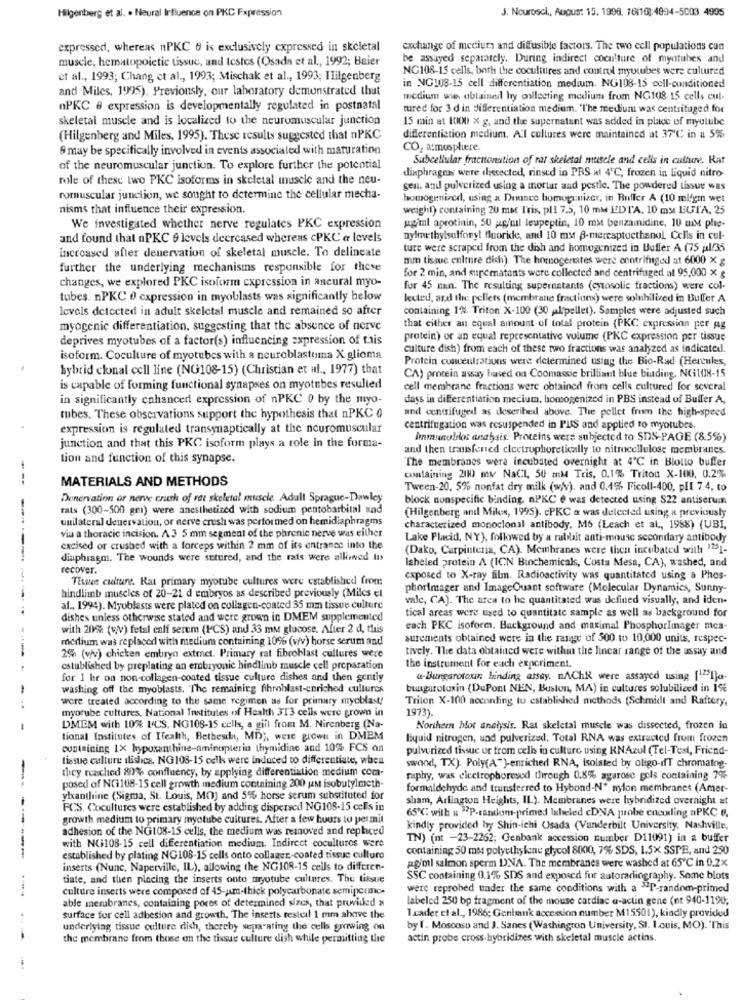
J. Neurosci ., Augus: 15. 1998, 16(10):4994-5003 4995
Hilgenberg et al. . Neural Influence on PKC Fxpression
expressed, whereas nPKC 6 is exclusively expressed in skeletal
exchange of medium and diffusible factors. The two cell populations can
muscle, hematopoietic tissue, and testes (Osada et al ., 1992; Baier
be assayed separately. During indirect coculture of mytubes and
NG108-15 cells, both the cocultures and control myutubes were cultured
et al ., 1993; Chang et al ., 1993; Mischak et al ., 1993; Hilsenberg
and Miles, 1995). Previously, our laboratory demonstrated that
in NG108-15 cell differentiation medium. NG108-15 cell-conditioned
medium was obtained hry collecting medium from NG108 15 cells cul-
nPKC & expression is developmentally regulated in postnatal
tured for 3 d in differentiation medium. "The medium was centrifuged for
skeletal muscle and is localized to the neuromuscular junction
15 min at 1000 x g, and the supernatant was added in place of myutube
(Hilgenberg and Miles, 1995). These results suggested that nPKC
differentiation medium. A'l cultures were maintained at 37'℃ in u 5%
9 may be specifically involved in events associated with maturation
CO2 atmosphere.
Subcellular fractionation of rat skeletal muscle and cells in culture. Rar
of the neuromuscular junction. To explore further the potential
diaphragmy were dissected, rinsed in PRS al 4℃, frozen in liquid nitro-
nile of these two PKC isoforms in skeletal muscle and the neu-
gen, and pulverized using a mortar and pestle. The powdered tissue was
romuscular junction, we sought to determine the cellular mecha-
homogenized, using a Duance bomoganizer, in Buffer A (10 mlfgm wet
nisms that influence their expression.
weight) containing 20 mm Tris, pl1 7.5, 10 mm EDTA. 10 my BUTA, 25
We investigated whether nerve regulates PKC expression
ugiml aprotinin, 50 ,4g/ml leupeptin, 10 mM benzamidine, JU EM ple-
and found that aPKC 9 levels decreased whereas cPKC a levels
nylmethylsulfonyt fluoride, and 10 ms B-mercaptoethanol Cells in cul-
increased after denervation of skeletal muscle. To delineate
ture were scraped from the dish and homogenized in Buffer A (75 pl/35
mm tissue enlture dich). The homogenates were centrifuged at 6000 x g
further the underlying mechanisms responsible for these
for 2 min, and supcmatants were collected and centrifuged al 95,000 X g
changes, we explored PKC isoform expression in aneural myo-
for 45 min. The resulting supernatants (cytosolic fractions) were col-
tubes. nPKC 0 expression in myoblasts was significantly below
lected, and the: pellets (membrane fractiuns) were solubiliced in Buffer A
levels detected in adult skeletal muscle and remained so after
containing 1% Triton X-100 (30 ulfpellet). Samples were adjusted such
myogenic differentiation, suggesting that the absence of nerve
that either an equal amount of total protein (PKC expression per ag
deprives myotubes of a factor(s) influencing expression of tais
protein) or an equal representative volume (PKC expression per tissue
culture dish) from each of these two fractions was analyzed as indicated.
isoform. Coculture of myotubes with a neuroblastoma X glioma
Protein concentrations were determined using the Bio-Rad (Hercules,
hybrid clonal cell line (NG108-15) (Christian et al ., 1977) that
CA) protein assay based on Coomassie brilliant blue biading, NC1108-15
is capable of forming functional synapses on myotubes resulted
cell membrane fractions were obtained from cells cultured for several
in significantly chancer expression of nPKC 0 by the myo-
dass in differentiation mecium, homogenized in PBS instead of Buffer A.
tubes. These observations support the hypothesis that nPKC 0
and centrifuged as described above. The pellet from the high-speed
expression is regulated transynaptically at the neuromuscular
centrifugation was resuspended in PUIS and applied to myorubes.
junction and that this PKC isoform plays a role in the forma-
Immunoblot andhais. Proteins were subjected to SDS-PAGE (8.5%)
and then transfened cleetrophoretically to nitrocellulose membranes.
tion and function of this synapse.
The membranes were incubated overnight at 4℃ in Biollo buffer
MATERIALS AND METHODS
containing 2110 mw NaCl, 50 mM Tris, 0.1% Triton X-100, 0.2%
Tween-20. 5% nonfat dry milk (w/w), and 0.1% Ficoll-400, pl[ 7.4. to
Denervation or nerve crush of ret skeletal muscle. Adult Sprague-Dawley
block nonspecific binding. nPKC e was detected using S22 antiserum
mats (300-500 gmi) were anesthetized with sodium pentobarbital and
(Hilgenberg and Miles, 1995). cPKC & was detected using a previously
unilateral denervation, or nerve crush was performed on hemidiaphragms
characterized monoclonal antibody, M6 (Leach et al ., 1988) (UBI,
via a thoracic incision. A 3 5 mm segment of the phrenic nerve was either
Lake Placid, NY), followed by a rablait anti-mouse secondary antibody
excised or crushed with a forceps within 2 mm of its entrance into the
(Dako, Carpinteria, CA). Membranes were then incubated with "251-
diaphragm. The wounds were sutured, and the rats were allowed to
labeled protein A (ICN Biochemicals, Costa Mesa, CA), washed, and
recover.
Tissue culture. Rat primary myotube cultures were established from
exposed to X-ray film. Radioactivity was quantitated using a Phos-
phorimager and ImageQuant software (Molecular Dynamics, Sunny-
hindlimb muscles of 20-21 d embryos as described previously (Miles el
vale, CA). The area to he quantitated was defined visually, and iden-
-------.
al ., 1994). Myoblasts were plated on collagen-coated 35 mm tissue culture
dishes unless otherwise stated and were grown in DMEM supplemented
tical areas were used to quantitate sample as well as background for
with 20% (v/v) fetal cali serem (ICS) and 33 mm glucose. After 2 d, this
each PKC isoform. Background and maximal PhosphorImager mea
medium was replaced with medium containing 10% (wv) horse serum and
surements obtained were in the range of 500 to 10,000 units, respec-
tively. The data obtained were within the linear range of the assay and
2% (v/v) chicken embryo extract. Primary rat fibroblast cullures were
---
established by preplating an embryonic hindlimb muscle cell preparation
the instrument for each experiment.
for 1 hr on non-collagen-coated tissue culture dishes and then gently
a-Bungarotoxin binding assay. nAChk were assayed using [1"Ija-
washing off the myoblasts. The remaining fibroblast-enriched cultures
bungarotoxin (DuPont NEN, Buston, MA) in cultures solubiliced in 1%
were treated according to the same regimen as for primary myoblast!
Triton X-100 according to established methods (Schmidt and Raftery,
--.
myotube cultures, National Institutes of Health 313 cells were grown in
1973).
DMEM with 10% ICS. NG108-15 cells, a gift from M. Nirenberg (Na-
Northern blot analysis. Rat skeletal muscle was dissected, frozen in
tional Institutes of Health, Bethes, MD), were grown in DMEM
liquid nitrogen, sad pulverized. Total RNA was extracted from frozen
containing 1X hyposanthine-aminoplerin thymidine and 10% FCS on
pulverized tissue or trom cells in culture using RNAzul (Tel-Test, Friend-
tissue culture dishcs. NG108-15 cells were induced to differentiate, when
they reached 80% confluency, by applying differentiation medium com-
swood, TX). Poly(A")-enriched RNA, isolated by oligo-dT chromatog-
--
raphy, was electrophoresed through 0.8% agarose gels containing 7%
posed of N(1108-15 cell growth medium containing 200 um isobutylmeth
formaldehyde and transferred to Hybond-Nº nylon membranes (Amer-
ylxanthine (Sigma, St. Louis, MO) and 5% horse serum substituted for
sham, Arlington Heights, IL). Membranes were hybridized overnight at
PCS. Cocultures were established by adding dispersed NG108-15 cells in
65℃: with u "P-tandom-primed labeled cDNA probe cocoling aPKC e.
growth medium to primary mwyotube cultures. After a few hours to permit
adhesion of the NG108-15 cells, the medium was removed and replaced
kindly provided by Shin-ichi Osada (Vanderbilt University, Nashville,
TN) (nt -23-2262; Genbank accession number D11091) in a buffer
with NG108-15 cell differentiation medium. Indirect cocultures were
containing 50 mas polyethylene glycol 8000, 7% SDS, 1.5x SSTE, and 250
established by plating NG108-15 cells onto collager .- coated tissue culture
ag'ml salmon sperm DNA. The membranes were washed at 65℃ in 0.2X
inserts (Nunc, Naperville, IL), allowing the NG108-15 cells to differen-
tiate, and then placing the inserts onto myotube cultures. The tissue
SSC containing 0.1% SDS and exposed for autoradiography. Some blots
----
culture inserts were composed of 45-um-thick polycarbonate semiperme-
were reprobed under the same conditions with a "P-random-primed
able merubranes, containing pores of determined sizes, that provided >
labeled 250 bp fragment of the mouse cardiac a-actin gene (nt 940-1190;
1.cader et al ., 1986; Genbank accession number M15501), kindly provided
surface for cell adbesion and growth. The inserts resteil 1 mm above the
underlying tissue culture dish, thereby separating the cells growing on
by I. Moscoso and J. Sanes (Washington University, St. I.ouis, MO). 'This
the membrane from those on the tissue culture dish while permitting the
actin probe cross-hybridizes with skeletal muscle actins.